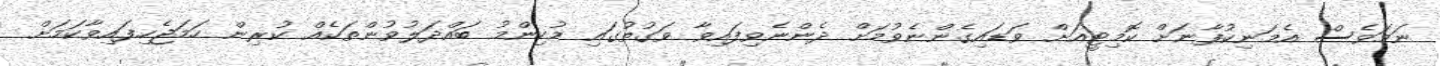
ނަމަވެސް އެމަނިކުފާނަށް ކޮމިޓީއަށް ވަޑައިގެންނެވުމަށް ދެންނެވިފައިވާ ވަގުތުގައި މުހިންމު ބައްދަލުވުންތަކެއް ކުރިން ހަމަޖެހިފައިވާކަމަށް